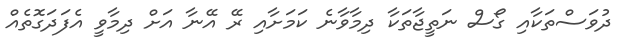
ދުވަސްތަކާއި ގޯސް ނަތީޖާތަކާ ދިމާވާނެ ކަމަށާއި ރޭ އޭނާ އަށް ދިމާވީ އެފަދަގޮތެއް